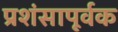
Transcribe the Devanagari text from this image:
प्रशंसापूर्वक